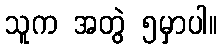
သူက အတွဲ ၅မှာပါ။